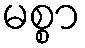
မစ္စာ